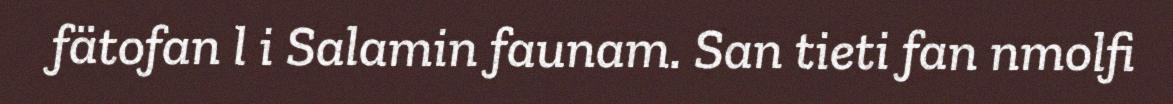
fätofan l i Salamin faunam. San tieti fan nmolfi